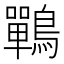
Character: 鷤